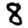
Digit: 8